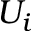
U _ { i }